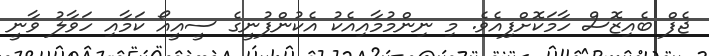
ޖެފް ބެއިޒޮސް ހާމަކޮށްފިއެވެ. މި ނިންމުމާއިއެކު އެކުންފުނީގެ ސީއީއޯ ކަމާއި ހަވާލު ވާނީ